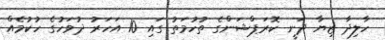
ހާލިދާ ޒިޔާ ދަނީ ކޮރަޕްޝަންގެ ތުހުމަތު ގައި 10 އަހަރު ދުވަހުގެ ހުކުމެއް